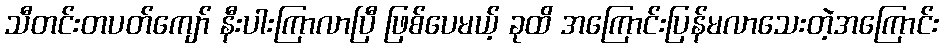
သီတင်းတပတ်ကျော် နီးပါးကြာလာပြီ ဖြစ်ပေမယ့် ခုထိ အကြောင်းပြန်မလာသေးတဲ့အကြောင်း